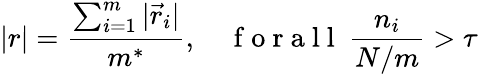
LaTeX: |r|=\frac{\sum_{i=1}^{m}|\vec{r}_{i}|}{m^{*}},\quad\mathrm{~f~o~r~a~l~l~}\ \frac{n_{i}}{N/m}>\tau